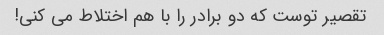
تقصیر توست که دو برادر را با هم اختلاط می کنی!